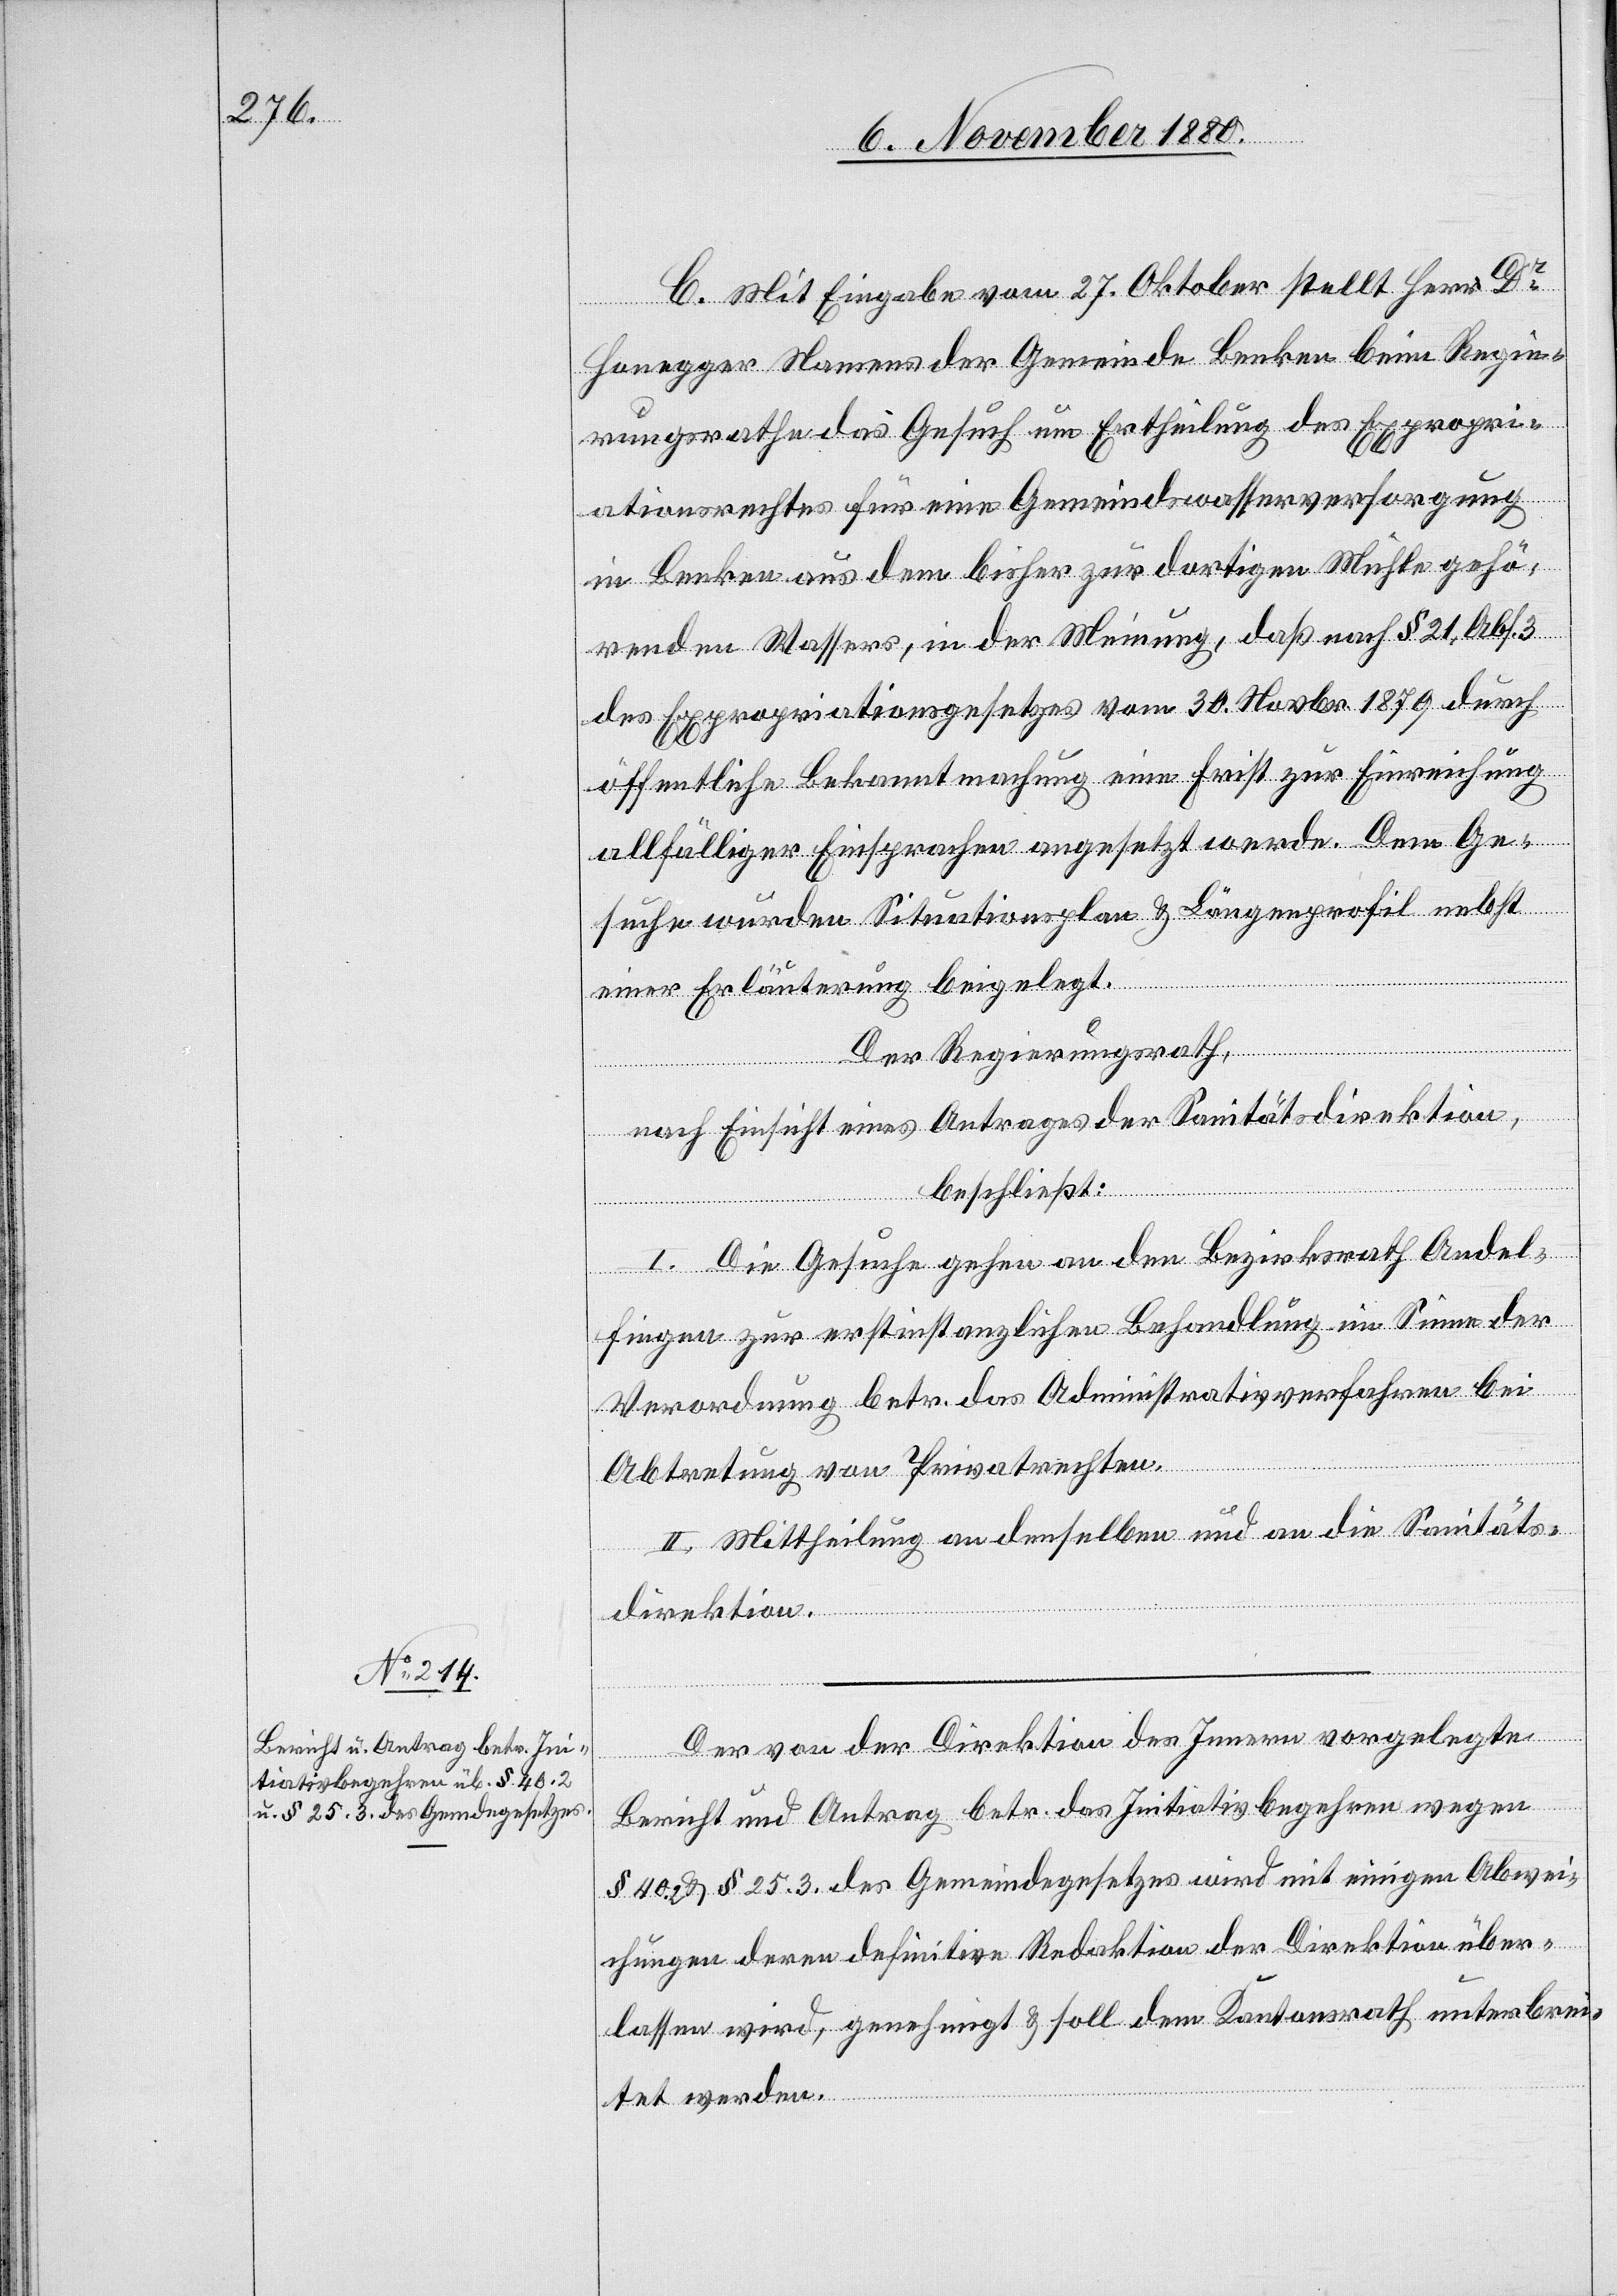
C. Mit Eingabe vom 27. Oktober stellt Herr Dr
Honegger Namens der Gemeinde Benken beim Regie¬
rungsrathe das Gesuch um Ertheilung des Expropri¬
ationsrechtes für eine Gemeindswasserversorgung
in Benken aus dem bisher zur dortigen Mühle gehö¬
renden Wassers, in der Meinung, daß nach § 21, Abs. 3
des Expropriationsgesetzes vom 30. Novbr. 1879 durch
öffentliche Bekanntmachung eine Frist zur Einreichung
allfälliger Einsprachen angesetzt werde. Dem Ge¬
suche wurden Situationsplan & Längenprofil nebst
einer Erläuterung beigelegt.
Der Regierungsrath,
nach Einsicht eines Antrages der Sanitätsdirektion,
beschließt:
I. Die Gesuche gehen an den Bezirksrath Andel¬
fingen zur erstinstanzlichen Behandlung im Sinne der
Verordnung betr. das Administrativverfahren bei
Abtretung von Privatrechten.
II. Mittheilung an denselben und an die Sanitäts¬
direktion.
Der von der Direktion des Innern vorgelegte
Bericht und Antrag betr. das Initiativbegehren wegen
§ 40.2 & § 25.3 des Gemeindegesetzes wird mit einigen Abwei¬
chungen deren definitive Redaktion der Direktion über¬
lassen wird, genehmigt & soll dem Kantonsrath unterbrei¬
tet werden.